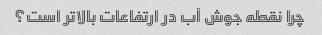
چرا نقطه جوش آب در ارتفاعات بالاتر است؟